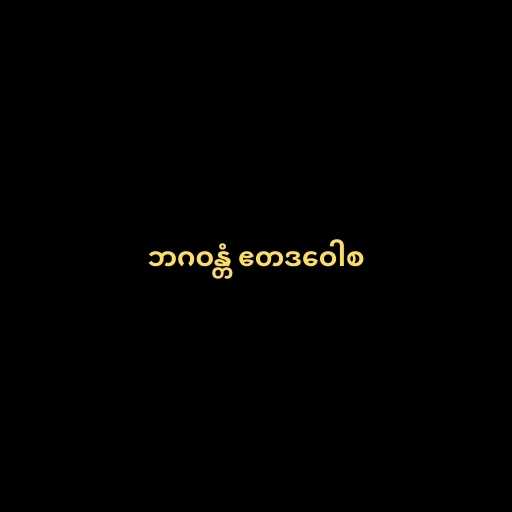
ဘဂဝန္တံ ဧတဒဝေါစ